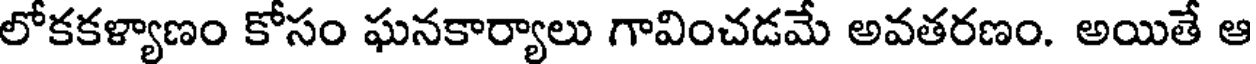
లోకకళ్యాణం కోసం ఘనకార్యాలు గావించడమే అవతరణం. అయితే ఆ